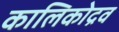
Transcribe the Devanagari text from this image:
कालिकोद्रव